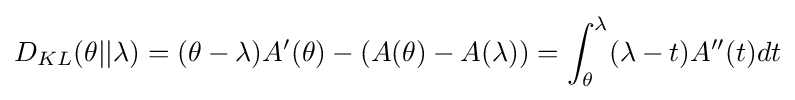
D_{KL}(\theta ||\lambda )=(\theta -\lambda )A'(\theta )-(A(\theta )-A(\lambda ))=\int _{\theta }^{\lambda }(\lambda -t)A''(t)dt